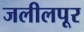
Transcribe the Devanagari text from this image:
जलीलपूर